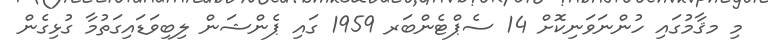
މި މޤާމުގައި ހުންނަވަނިކޮށް 14 ސެޕްޓެންބަރ 1959 ގައި ޕެންޝަން ލިބިވަޑައިގަތުމާ ގުޅިގެން